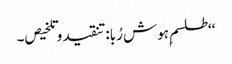
‘‘طلسم ِہوش رُبا:تنقید و تلخیص۔